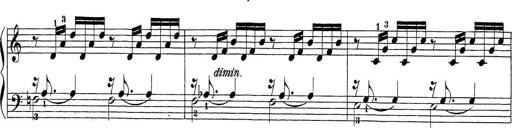
Title: Sonatina Album
Composer: Louis KÃ¶hler